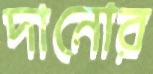
দানোর